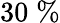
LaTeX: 30\; \%